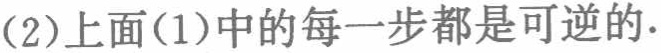
(2)上面(1)中的每一步都是可逆的.